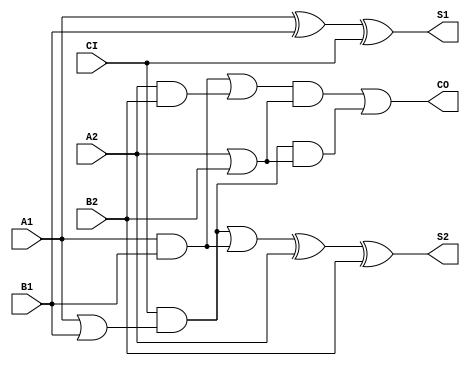
module JFAD2C(A1, A2, B1, B2, CI, S1, S2, CO);
input   A1;
input   A2;
input   B1;
input   B2;
input   CI;
output  S1;
output  S2;
output  CO;
xor g0(S1, A1, B1, CI);
or g1(w6, A1, B1);
and g2(w4, CI, w6);
and g3(w9, A1, B1);
or g4(w3, w4, w9);
xor g5(S2, w3, A2, B2);
and g6(w16, A1, B1);
and g7(w19, A2, B2);
or g8(w15, w16, w19);
or g9(w22, A2, B2);
and g10(w14, w15, w22);
or g11(w27, A1, B1);
or g12(w30, A2, B2);
and g13(w25, CI, w27, w30);
or g14(CO, w14, w25);
endmodule